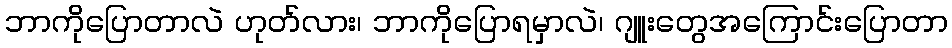
ဘာကိုပြောတာလဲ ဟုတ်လား၊ ဘာကိုပြောရမှာလဲ၊ ဂျူးတွေအကြောင်းပြောတာ